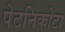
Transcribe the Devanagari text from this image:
पेटनिकोटा